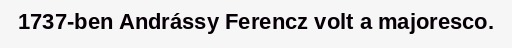
1737-ben Andrássy Ferencz volt a majoresco.